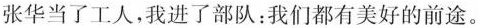
张华当了工人，我进了部队：我们都有美好的前途。